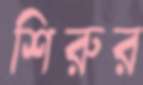
শিরুর